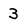
Character: 3